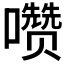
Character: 𰉄